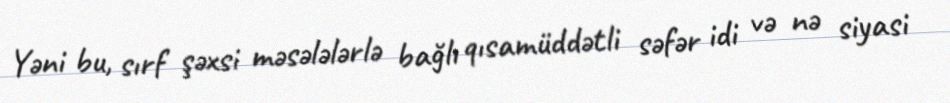
Yəni bu, sırf şəxsi məsələlərlə bağlı qısamüddətli səfər idi və nə siyasi